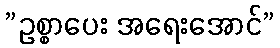
”ဥစ္စာပေး အရေးအောင်”